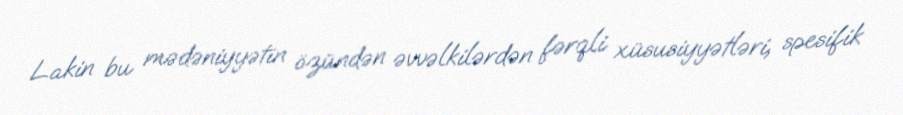
Lakin bu mədəniyyətin özündən əvvəlkilərdən fərqli xüsusiyyətləri, spesifik